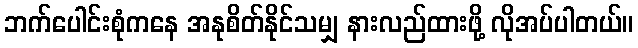
ဘက်ပေါင်းစုံကနေ အနုစိတ်နိုင်သမျှ နားလည်ထားဖို့ လိုအပ်ပါတယ်။